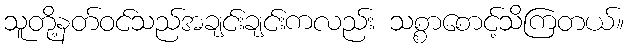
သူတို့နတ်ဝင်သည်အချင်းချင်းကလည်း သစ္စာစောင့်သိကြတယ်။